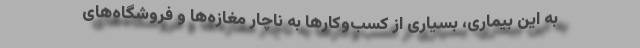
به این بیماری، بسیاری از کسب‌وکارها به ناچار مغازه‌ها و فروشگاه‌های